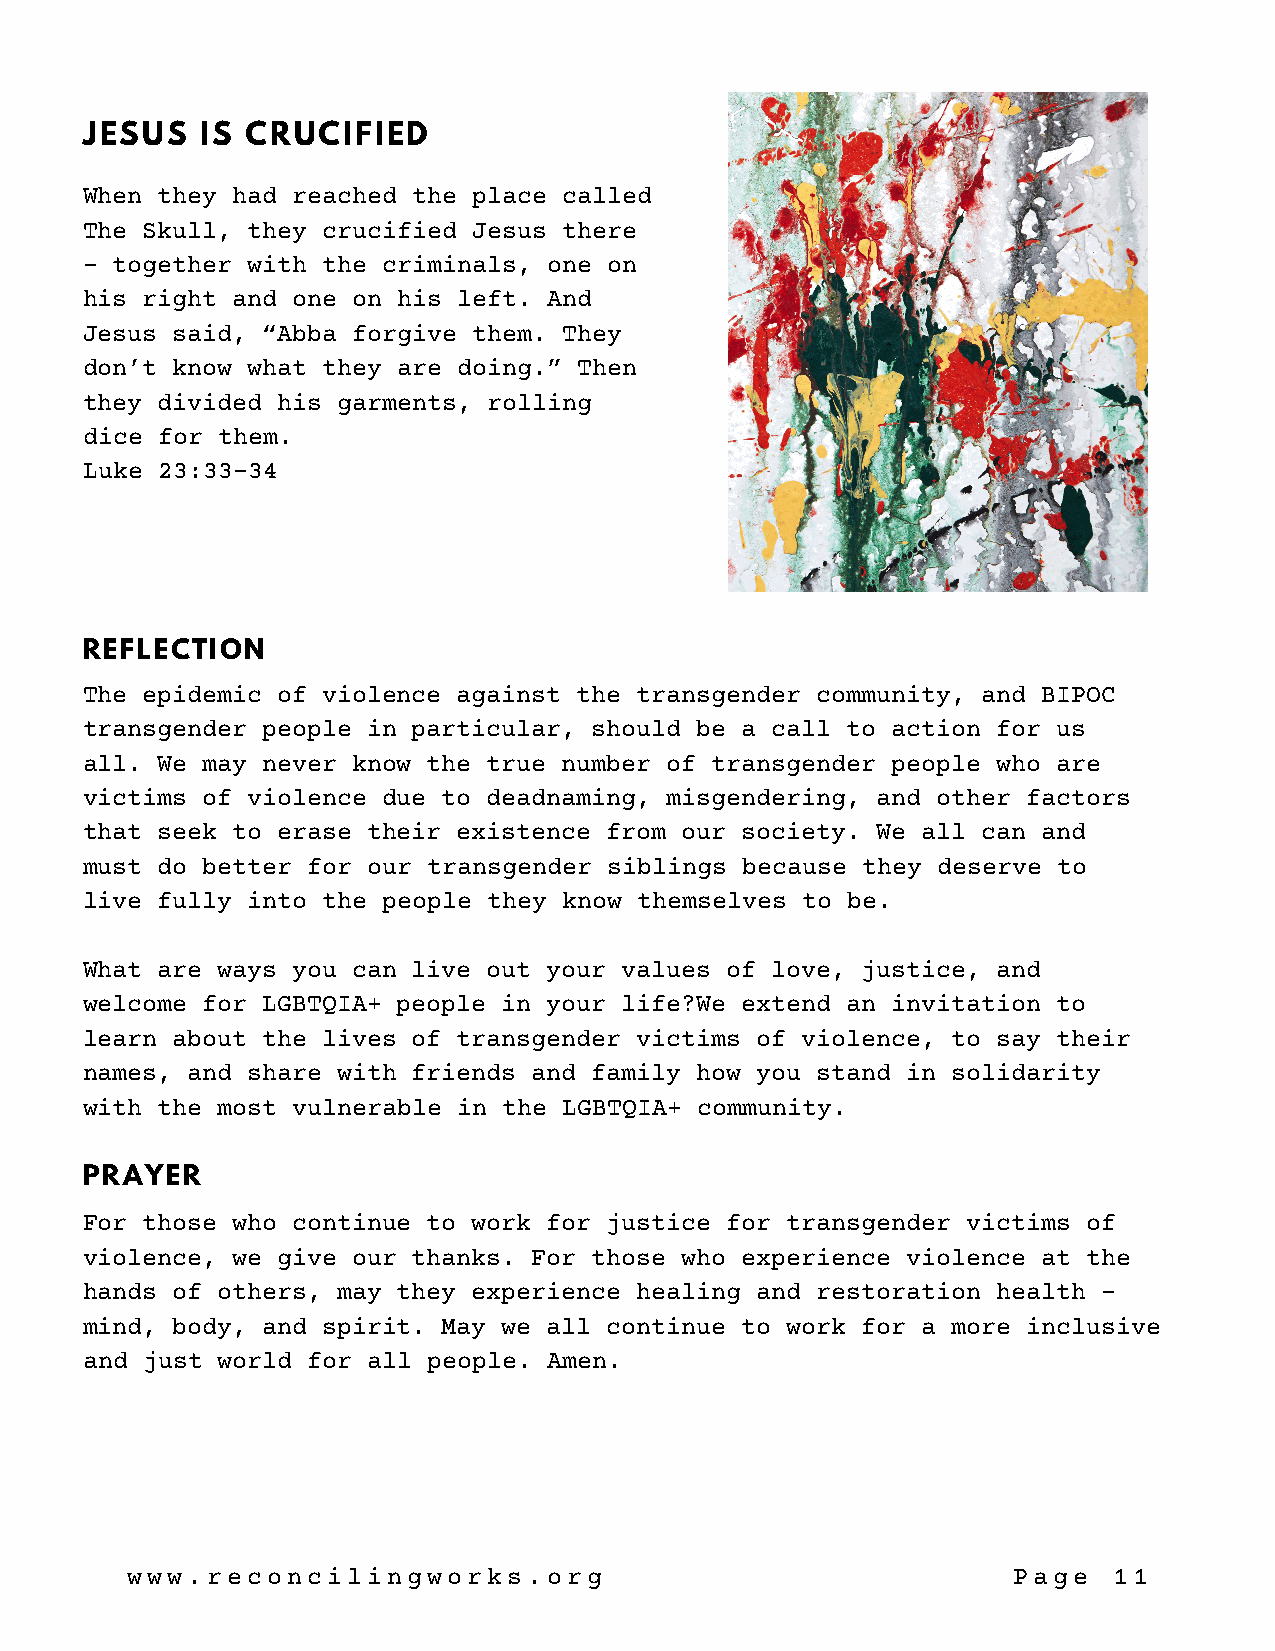
JESUS   IS CRUCIFIED
 When they had reached the place called
 The Skull, they crucified Jesus there
 – together with the criminals, one on
 his right and one on his left. And
 Jesus said, “Abba forgive them. They
 don’t know what they are doing.” Then
 they divided his garments, rolling
 dice for them.
 Luke 23:33-34
 REFLECTION
 The epidemic of violence against the transgender community, and BIPOC
 transgender people in particular, should be a call to action for us
 all. We may never know the true number of transgender people who are
 victims of violence due to deadnaming, misgendering, and other factors
 that seek to erase their existence from our society. We all can and
 must do better for our transgender siblings because they deserve to
 live fully into the people they know themselves to be.
 What are ways you can live out your values of love, justice, and
 welcome for LGBTQIA+ people in your life?We extend an invitation to
 learn about the lives of transgender victims of violence, to say their
 names, and share with friends and family how you stand in solidarity
 with the most vulnerable in the LGBTQIA+ community.
 PRAYER
 For those who continue to work for justice for transgender victims of
 violence, we give our thanks. For those who experience violence at the
 hands of others, may they experience healing and restoration health –
 mind, body, and spirit. May we all continue to work for a more inclusive
 and just world for all people. Amen.
 www.reconcilingworks.org                                   Page   11